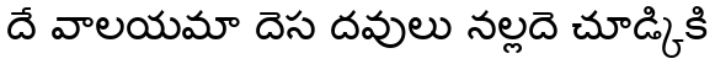
దే వాలయమా దెస దవులు నల్లదె చూడ్కికి